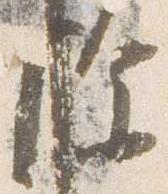
除